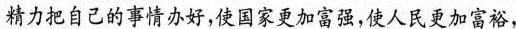
精力把自己的事情办好，使国家更加富强，使人民更加富裕，